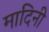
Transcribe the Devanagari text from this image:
मादिनी